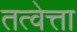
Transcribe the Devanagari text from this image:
तत्वेत्ता